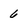
Character: 6